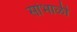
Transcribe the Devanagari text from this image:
सांभाळी